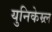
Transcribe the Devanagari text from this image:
युनिकेम्र्ल